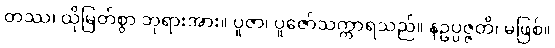
တဿ၊ ထိုမြတ်စွာ ဘုရားအား။ ပူဇာ၊ ပူဇော်သက္ကာရသည်။ နဥပ္ပဇ္ဇတိ၊ မဖြစ်။